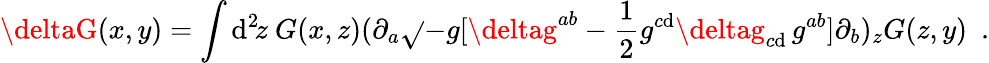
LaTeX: \deltaG(x,y)=\int\mathrm{d}^{2}\! z\ G(x,z)(\partial_{a}\sqrt{}{{-g}}[\deltag^{ab}-{\frac{{1}}{{2}}}g^{c\mathrm{d}}\deltag_{c\mathrm{d}}\, g^{ab}]\partial_{b})_{z}G(z,y)\ \ .